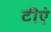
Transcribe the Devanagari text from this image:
टीएं